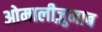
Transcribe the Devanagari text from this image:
ओमालीज़ुमाब